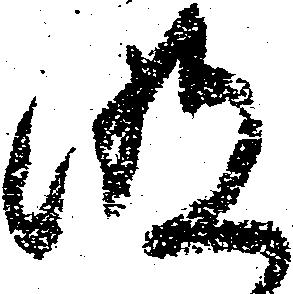
明